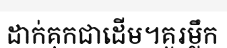
ដាក់គុកជាដើម។គួរម្លឹក